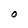
Character: O